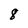
Character: 8